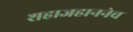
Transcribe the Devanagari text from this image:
शहाजहाननेच